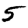
Digit: 5